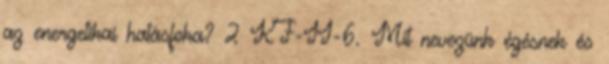
az energetikai hatásfoka? 2 KF-II-6. Mit nevezünk égésnek és